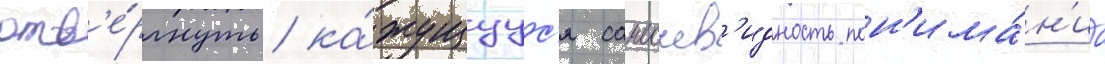
отв'е́ргнуть ка́жущуус'я самоочев'идность пон'има́н'иа